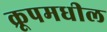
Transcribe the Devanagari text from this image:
क्रूपमधील